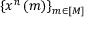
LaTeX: \left\{ x ^ { n } \left( m \right) \right\} _ { m \in \left[ M \right] }